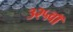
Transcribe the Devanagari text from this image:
३२५वॉ